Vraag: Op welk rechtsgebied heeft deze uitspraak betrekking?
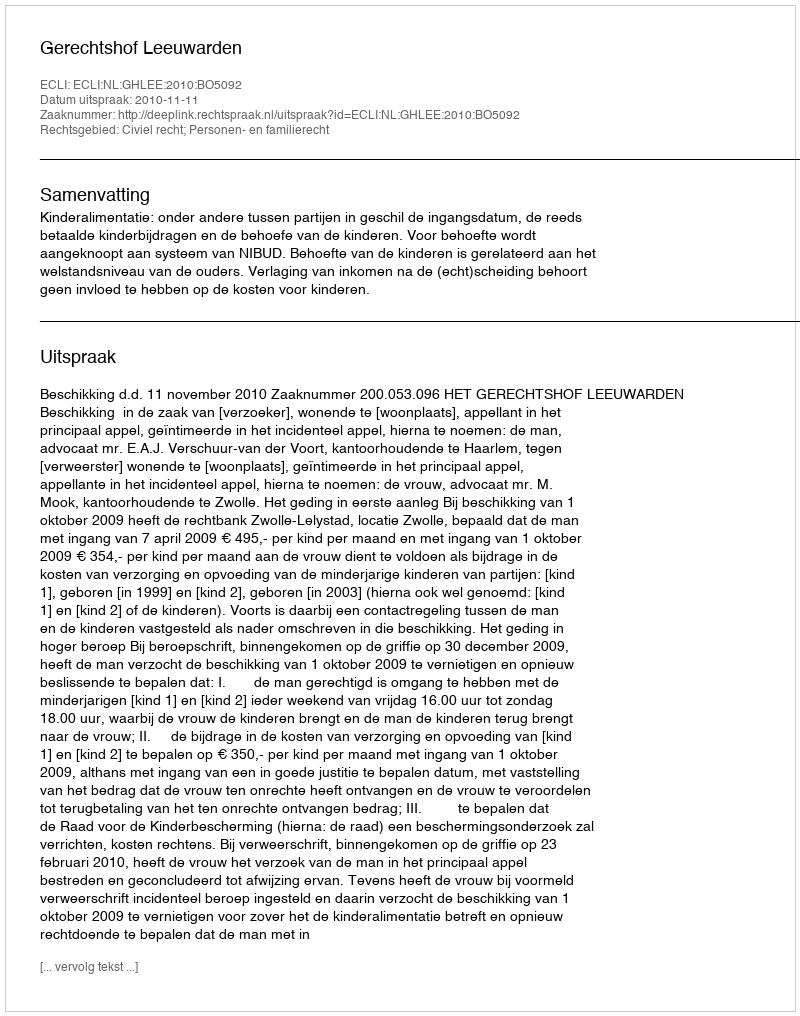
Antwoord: Civiel recht; Personen- en familierecht